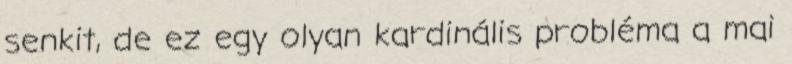
senkit, de ez egy olyan kardinális probléma a mai